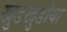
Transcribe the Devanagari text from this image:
खुडखुडीया